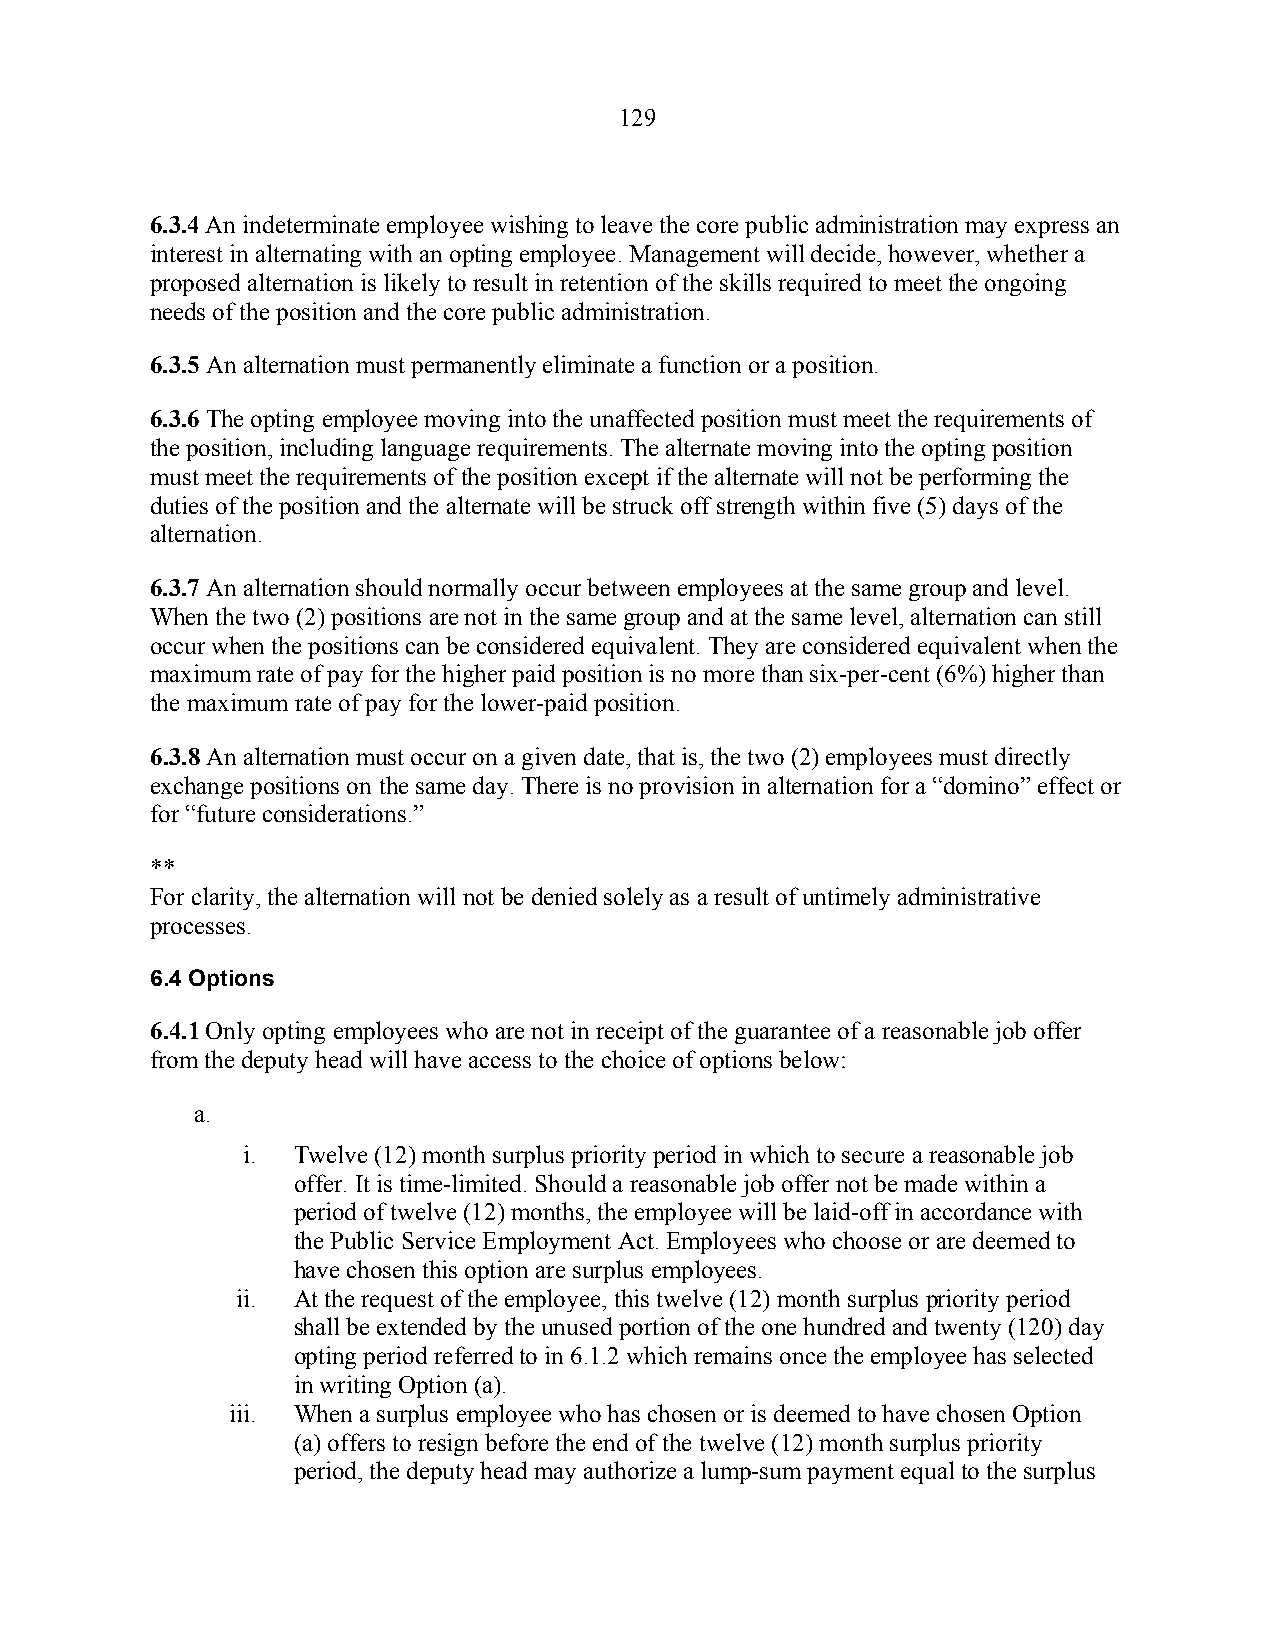
129
 6.3.4 An indeterminate employee wishing to leave the core public administration may express an
 interest in alternating with an opting employee. Management will decide, however, whether a
 proposed alternation is likely to result in retention of the skills required to meet the ongoing
 needs of the position and the core public administration.
 6.3.5 An alternation must permanently eliminate a function or a position.
 6.3.6 The opting employee moving into the unaffected position must meet the requirements of
 the position, including language requirements. The alternate moving into the opting position
 must meet the requirements of the position except if the alternate will not be performing the
 duties of the position and the alternate will be struck off strength within five (5) days of the
 alternation.
 6.3.7 An alternation should normally occur between employees at the same group and level.
 When the two (2) positions are not in the same group and at the same level, alternation can still
 occur when the positions can be considered equivalent. They are considered equivalent when the
 maximum rate of pay for the higher paid position is no more than six-per-cent (6%) higher than
 the maximum rate of pay for the lower-paid position.
 6.3.8 An alternation must occur on a given date, that is, the two (2) employees must directly
 exchange positions on the same day. There is no provision in alternation for a “domino” effect or
 for “future considerations.”
 **
 For clarity, the alternation will not be denied solely as a result of untimely administrative
 processes.
 6.4 Options
 6.4.1 Only opting employees who are not in receipt of the guarantee of a reasonable job offer
 from the deputy head will have access to the choice of options below:
 a.
 i. Twelve (12) month surplus priority period in which to secure a reasonable job
 offer. It is time-limited. Should a reasonable job offer not be made within a
 period of twelve (12) months, the employee will be laid-off in accordance with
 the Public Service Employment Act. Employees who choose or are deemed to
 have chosen this option are surplus employees.
 ii. At the request of the employee, this twelve (12) month surplus priority period
 shall be extended by the unused portion of the one hundred and twenty (120) day
 opting period referred to in 6.1.2 which remains once the employee has selected
 in writing Option (a).
 iii. When a surplus employee who has chosen or is deemed to have chosen Option
 (a) offers to resign before the end of the twelve (12) month surplus priority
 period, the deputy head may authorize a lump-sum payment equal to the surplus